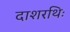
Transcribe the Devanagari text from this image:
दाशरथिः